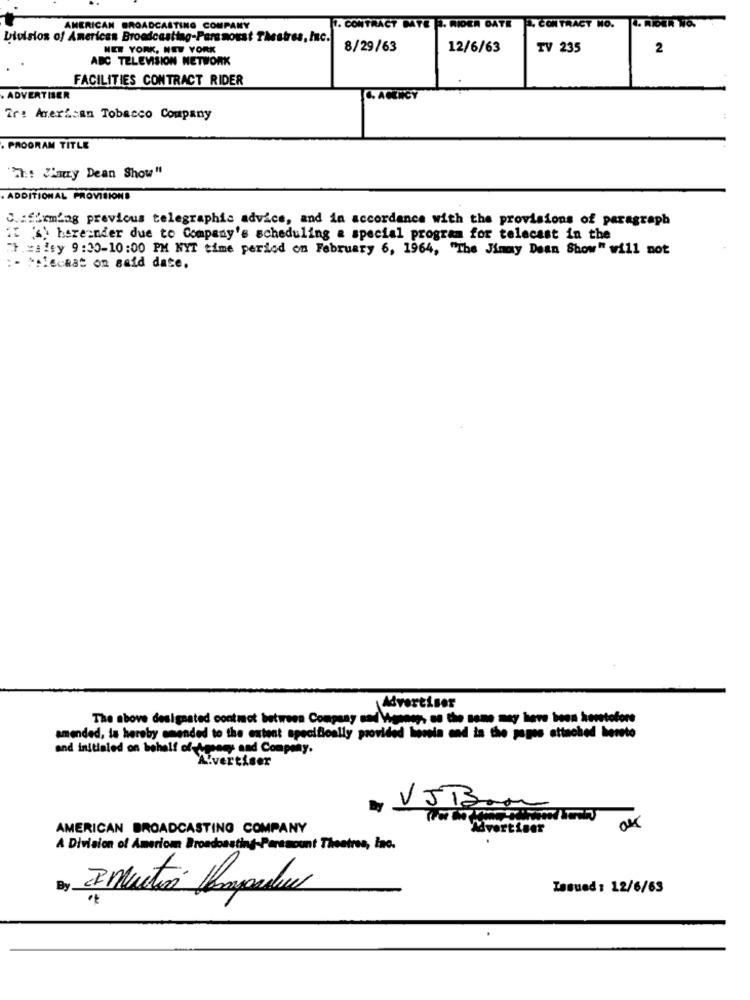
P. CONTRACT NO. 4. RIDER NO.
AMERICAN BROADCASTING COMPANY
. CONTRACT MATE P. RIDER DATE
Division of Americas Broadcasting-
sting-Persmoust Thestres, Inc.
NEW YORK, NEW YORK
8/29/63
12/6/63
TV 235
2
ABC TELEVISION NETWORK
FACILITIES CONTRACT RIDER
ADVERTISER
Tre American Tobacco Company
. PROGRAM TITLE
"Th! "harry Dean Show"
. ADDITIONAL PROVISIONE
C .: firming previous telegraphic advice, and in accordance with the provisions of paragraph
"E ") hereinder due to Company's scheduling a special program for telecast in the
Ch =aley 9:30-10:00 PM NYT time period on February 6, 1964, "The Jimmy Dean Show" will not
:- ** lechat on said date.
Advertiser
The above designated contract between Company sad Vgsosy, sa the same may have been heretofore
amended, la hereby amended to the extent specifically provided hereis and is the pages attached hereto
and initialed on behalf of-Amoney and Company.
Alvertiser
AMERICAN BROADCASTING COMPANY
VJ Bar
OK
A Division of Ameriom Broadcasting-Paramount Theatres, Inc.
By
Issued: 12/6/63
, 2 mutis Dompedro